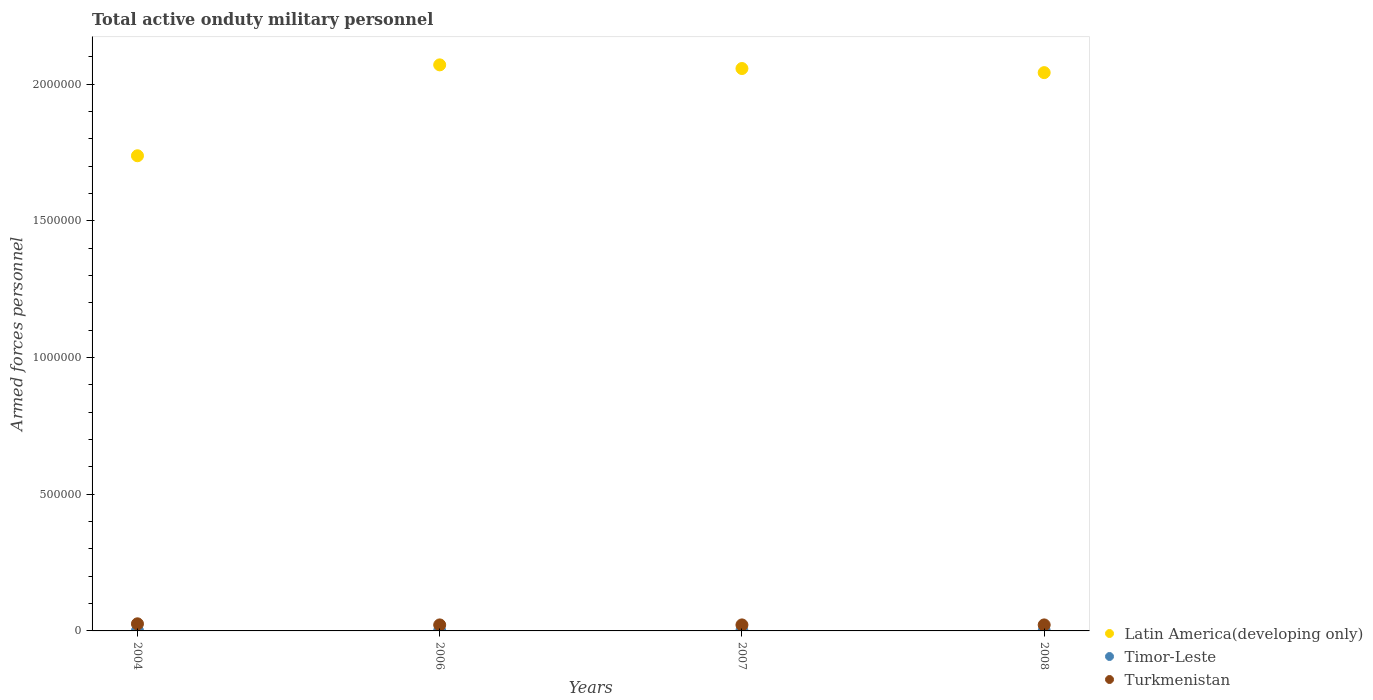
| Years | Latin America(developing only) | Timor-Leste | Turkmenistan |
 | --- | --- | --- | --- |
 | 2004 | 1.74e+06 | 1e+03 | 2.6e+04 |
 | 2006 | 2.07e+06 | 1e+03 | 2.2e+04 |
 | 2007 | 2.06e+06 | 1e+03 | 2.2e+04 |
 | 2008 | 2.04e+06 | 1e+03 | 2.2e+04 |